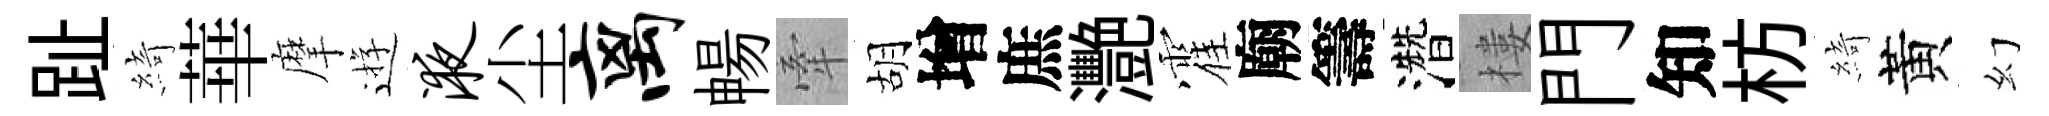
趾綺華摩逰液尘离暢牽胡增庶灧霍廟籌濳樓門知枋綺黃幻